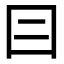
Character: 𡆤